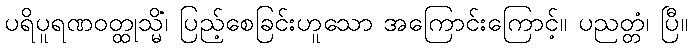
ပရိပူရဏဝတ္ထုသ္မိံ၊ ပြည့်စေခြင်းဟူသော အကြောင်းကြောင့်။ ပညတ္တံ၊ ပြီ။